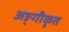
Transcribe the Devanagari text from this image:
अङ्गीकृत